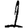
Digit: 1